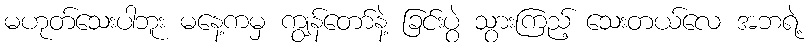
မဟုတ်သေးပါဘူး မနေ့ကမှ ကျွန်တော်နဲ့ ခြင်းပွဲ သွားကြည့် သေးတယ်လေ အဘရဲ့